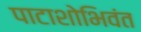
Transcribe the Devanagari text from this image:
पाटाशोभिवंत